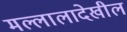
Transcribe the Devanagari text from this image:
मल्लालादेखील